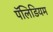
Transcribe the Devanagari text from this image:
पॅलिडियम